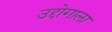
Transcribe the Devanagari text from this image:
उद्दोगाला